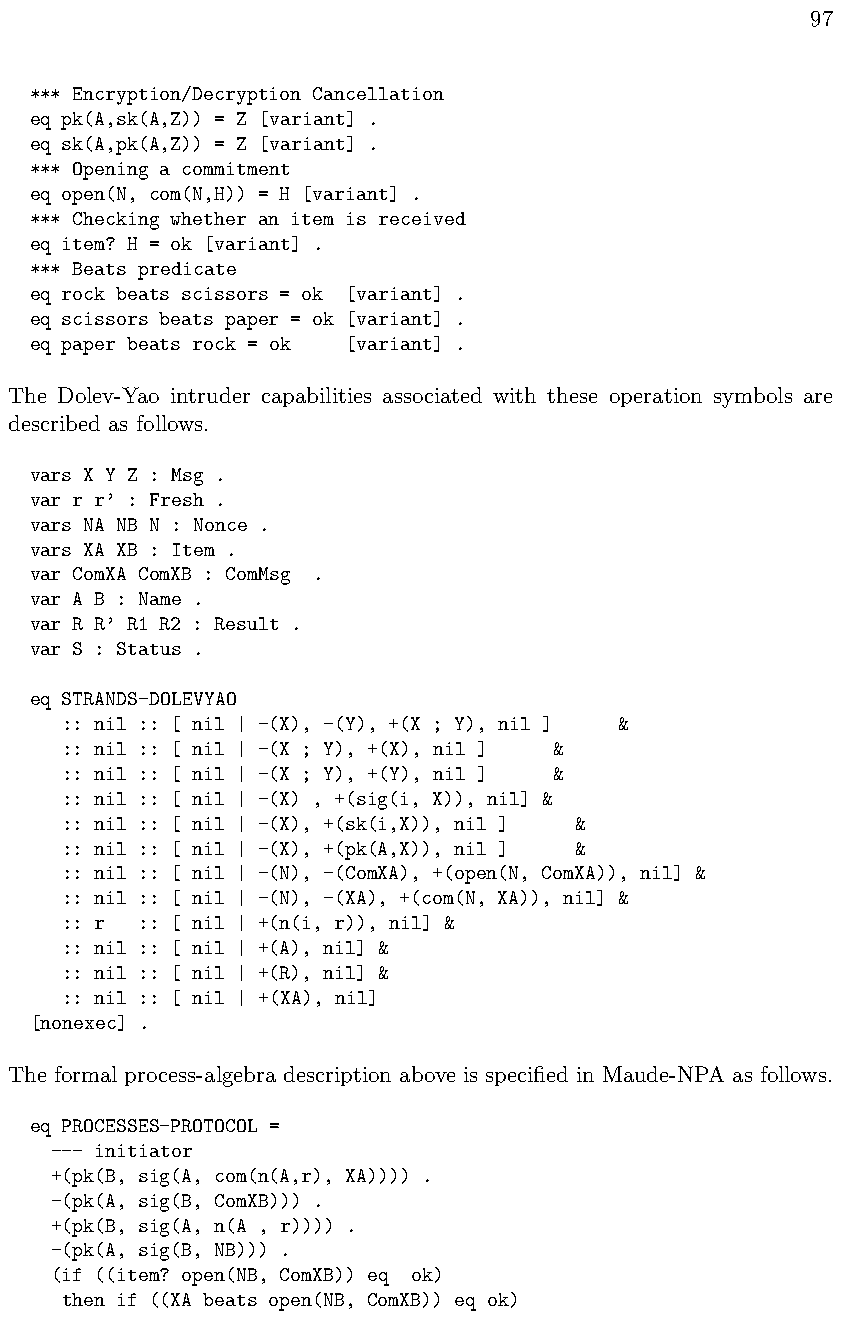
97
 *** Encryption/Decryption Cancellation
 eq pk(A,sk(A,Z)) = Z [variant] .
 eq sk(A,pk(A,Z)) = Z [variant] .
 *** Opening a commitment
 eq open(N, com(N,H)) = H [variant] .
 *** Checking whether an item is received
 eq item? H = ok [variant] .
 *** Beats predicate
 eq rock beats scissors = ok [variant] .
 eq scissors beats paper = ok [variant] .
 eq paper beats rock = ok [variant] .
 The Dolev-Yao intruder capabilities associated with these operation symbols are
 described as follows.
 vars X Y Z : Msg .
 var r r’ : Fresh .
 vars NA NB N : Nonce .
 vars XA XB : Item .
 var ComXA ComXB : ComMsg .
 var A B : Name .
 var R R’ R1 R2 : Result .
 var S : Status .
 eq STRANDS-DOLEVYAO
 :: nil :: [ nil | -(X), -(Y), +(X ; Y), nil ] &
 :: nil :: [ nil | -(X ; Y), +(X), nil ] &
 :: nil :: [ nil | -(X ; Y), +(Y), nil ] &
 :: nil :: [ nil | -(X) , +(sig(i, X)), nil] &
 :: nil :: [ nil | -(X), +(sk(i,X)), nil ] &
 :: nil :: [ nil | -(X), +(pk(A,X)), nil ] &
 :: nil :: [ nil | -(N), -(ComXA), +(open(N, ComXA)), nil] &
 :: nil :: [ nil | -(N), -(XA), +(com(N, XA)), nil] &
 :: r :: [ nil | +(n(i, r)), nil] &
 :: nil :: [ nil | +(A), nil] &
 :: nil :: [ nil | +(R), nil] &
 :: nil :: [ nil | +(XA), nil]
 [nonexec] .
 The formal process-algebra description above is specified in Maude-NPA as follows.
 eq PROCESSES-PROTOCOL =
 --- initiator
 +(pk(B, sig(A, com(n(A,r), XA)))) .
 -(pk(A, sig(B, ComXB))) .
 +(pk(B, sig(A, n(A , r)))) .
 -(pk(A, sig(B, NB))) .
 (if ((item? open(NB, ComXB)) eq ok)
 then if ((XA beats open(NB, ComXB)) eq ok)